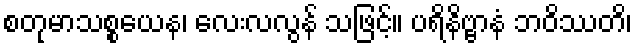
စတုမာသစ္စယေန၊ လေးလလွန် သဖြင့်။ ပရိနိဗ္ဗာနံ ဘဝိဿတိ၊